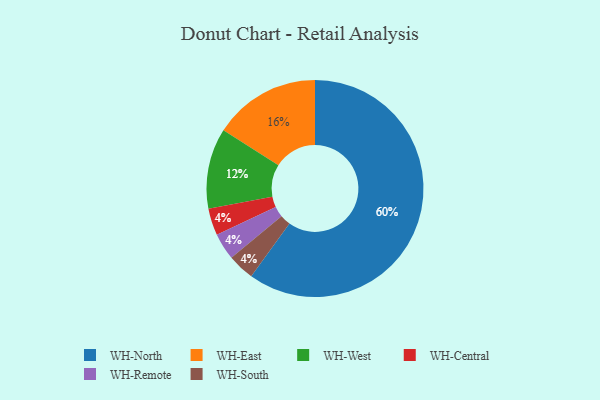
{"axis": {"x": "Category", "y": "Percentage"}, "legend": ["WH-Central", "WH-East", "WH-North", "WH-Remote", "WH-South", "WH-West"], "data": [{"x": "WH-Central", "y": 4, "type": "WH-Central"}, {"x": "WH-Remote", "y": 4, "type": "WH-Remote"}, {"x": "WH-East", "y": 16, "type": "WH-East"}, {"x": "WH-West", "y": 12, "type": "WH-West"}, {"x": "WH-North", "y": 60, "type": "WH-North"}, {"x": "WH-South", "y": 4, "type": "WH-South"}]}